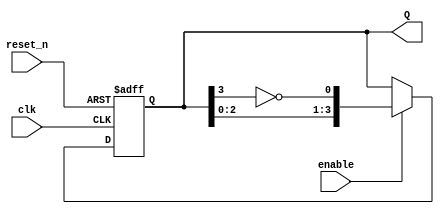
module johnson_counter (
    input wire clk,          // Clock input
    input wire reset_n,      // Active low reset input
    input wire enable,       // Enable input
    output reg [N-1:0] Q     // Output state (N-bit counter)
);

parameter N = 4; // Number of flip-flops (can be adjusted)

always @(posedge clk or negedge reset_n) begin
    if (!reset_n) begin
        // Asynchronous reset
        Q <= 0;
    end else if (enable) begin
        // Johnson counter logic
        Q <= {Q[N-2:0], ~Q[N-1]};
    end
end

endmodule